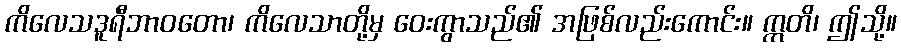
ကိလေသဒူရီဘာဝတော၊ ကိလေသာတို့မှ ဝေးကွာသည်၏ အဖြစ်လည်းကောင်း။ ဣတိ၊ ဤသို့။